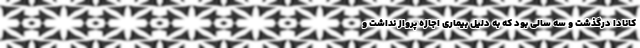
کانادا درگذشت و سه سالی بود که به دلیل بیماری اجازه پرواز نداشت و